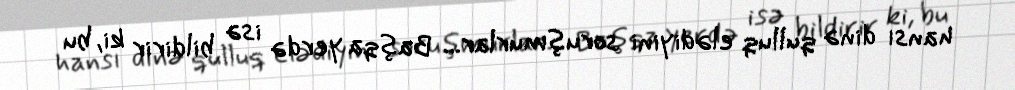
hansı dinə qulluq elədiyini soruşmurlar... Başqa yerdə isə bildirir ki, bu